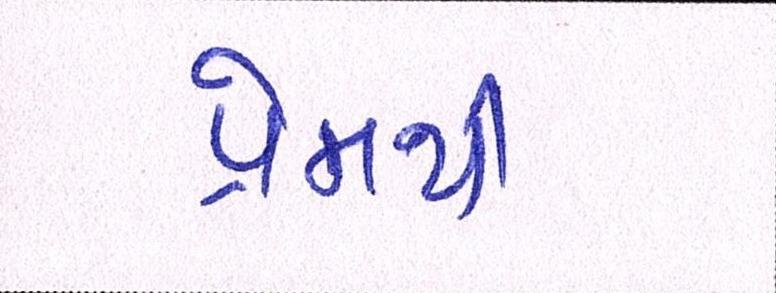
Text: પ્રેમથી